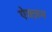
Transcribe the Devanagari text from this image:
ऐक्ज़म